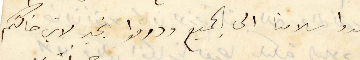
اهدوا سلامنا الى الجميع ودوموا بخير لابن خالتكم